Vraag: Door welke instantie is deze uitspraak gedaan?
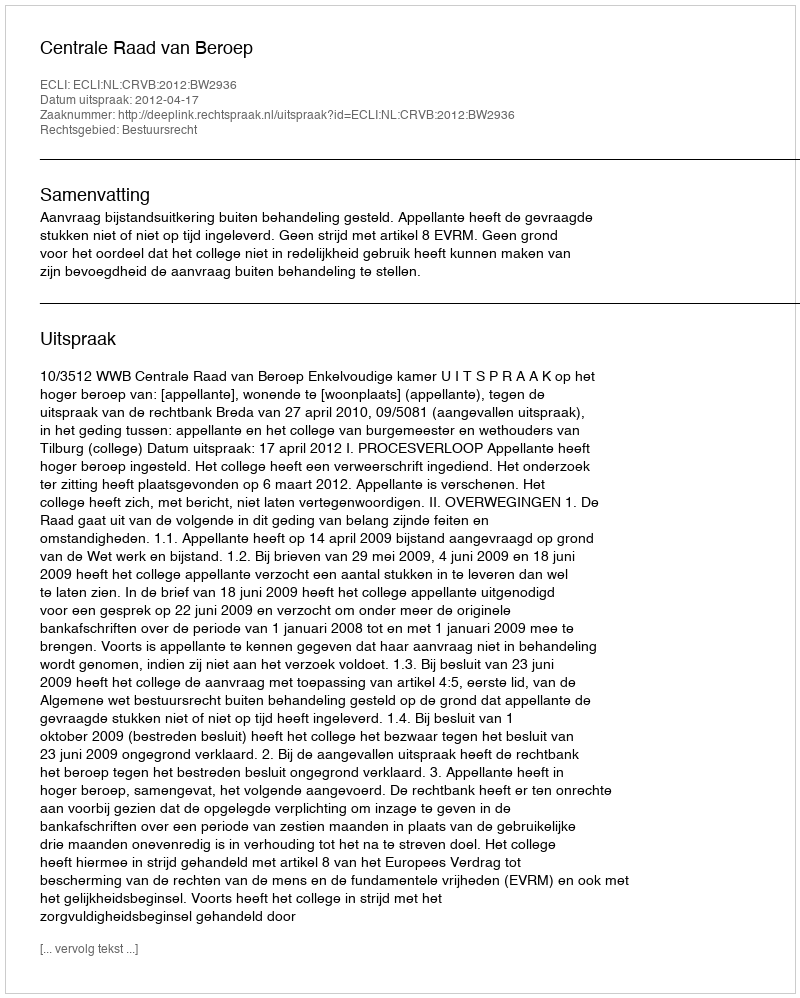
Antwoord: Centrale Raad van Beroep